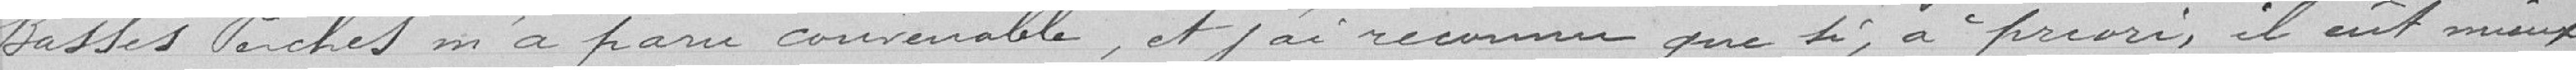
Basses Perches m'a paru convenable, et j'ai reconnu que si, à priori, il eût mieux